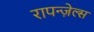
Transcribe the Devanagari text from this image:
रापन्ज़ेल्स